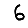
Digit: 6